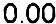
0.00